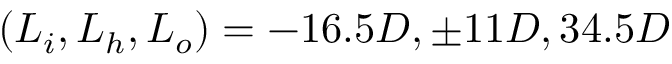
( L _ { i } , L _ { h } , L _ { o } ) = - 1 6 . 5 D , \pm 1 1 D , 3 4 . 5 D